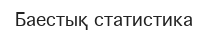
Баестық статистика